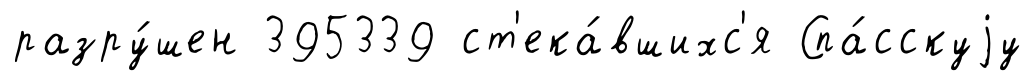
разру́шен 395339 ст'ека́вшихс'я Спа́сскуjу